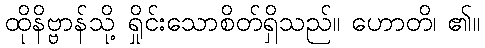
ထိုနိဗ္ဗာန်သို့ ရှိုင်းသောစိတ်ရှိသည်။ ဟောတိ၊ ၏။